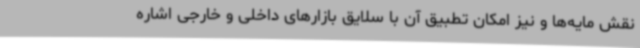
نقش مایه‌ها و نیز امکان تطبیق آن با سلایق بازارهای داخلی و خارجی اشاره